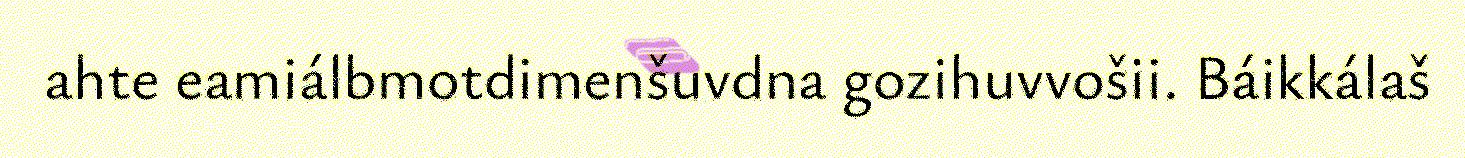
ahte eamiálbmotdimenšuvdna gozihuvvošii. Báikkálaš